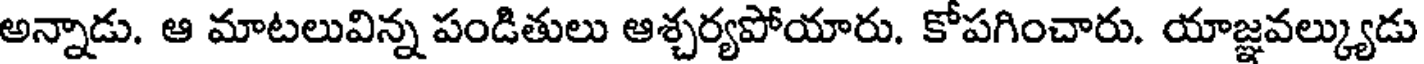
అన్నాడు. ఆ మాటలువిన్న పండితులు ఆశ్చర్యపోయారు. కోపగించారు. యాజ్ఞవల్క్యుడు